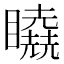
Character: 𰦉